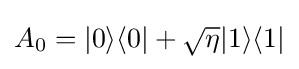
A_{0}=|0\rangle \langle 0|+{\sqrt {\eta }}|1\rangle \langle 1|